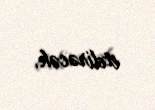
etdirəcək.